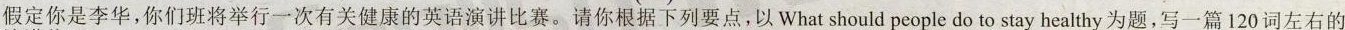
假定你是李华,你们班将举行一次有关健康的英语演讲比赛.请你根据下列要点,以 What should people do to stay healthy为题,写一篇120词左右的